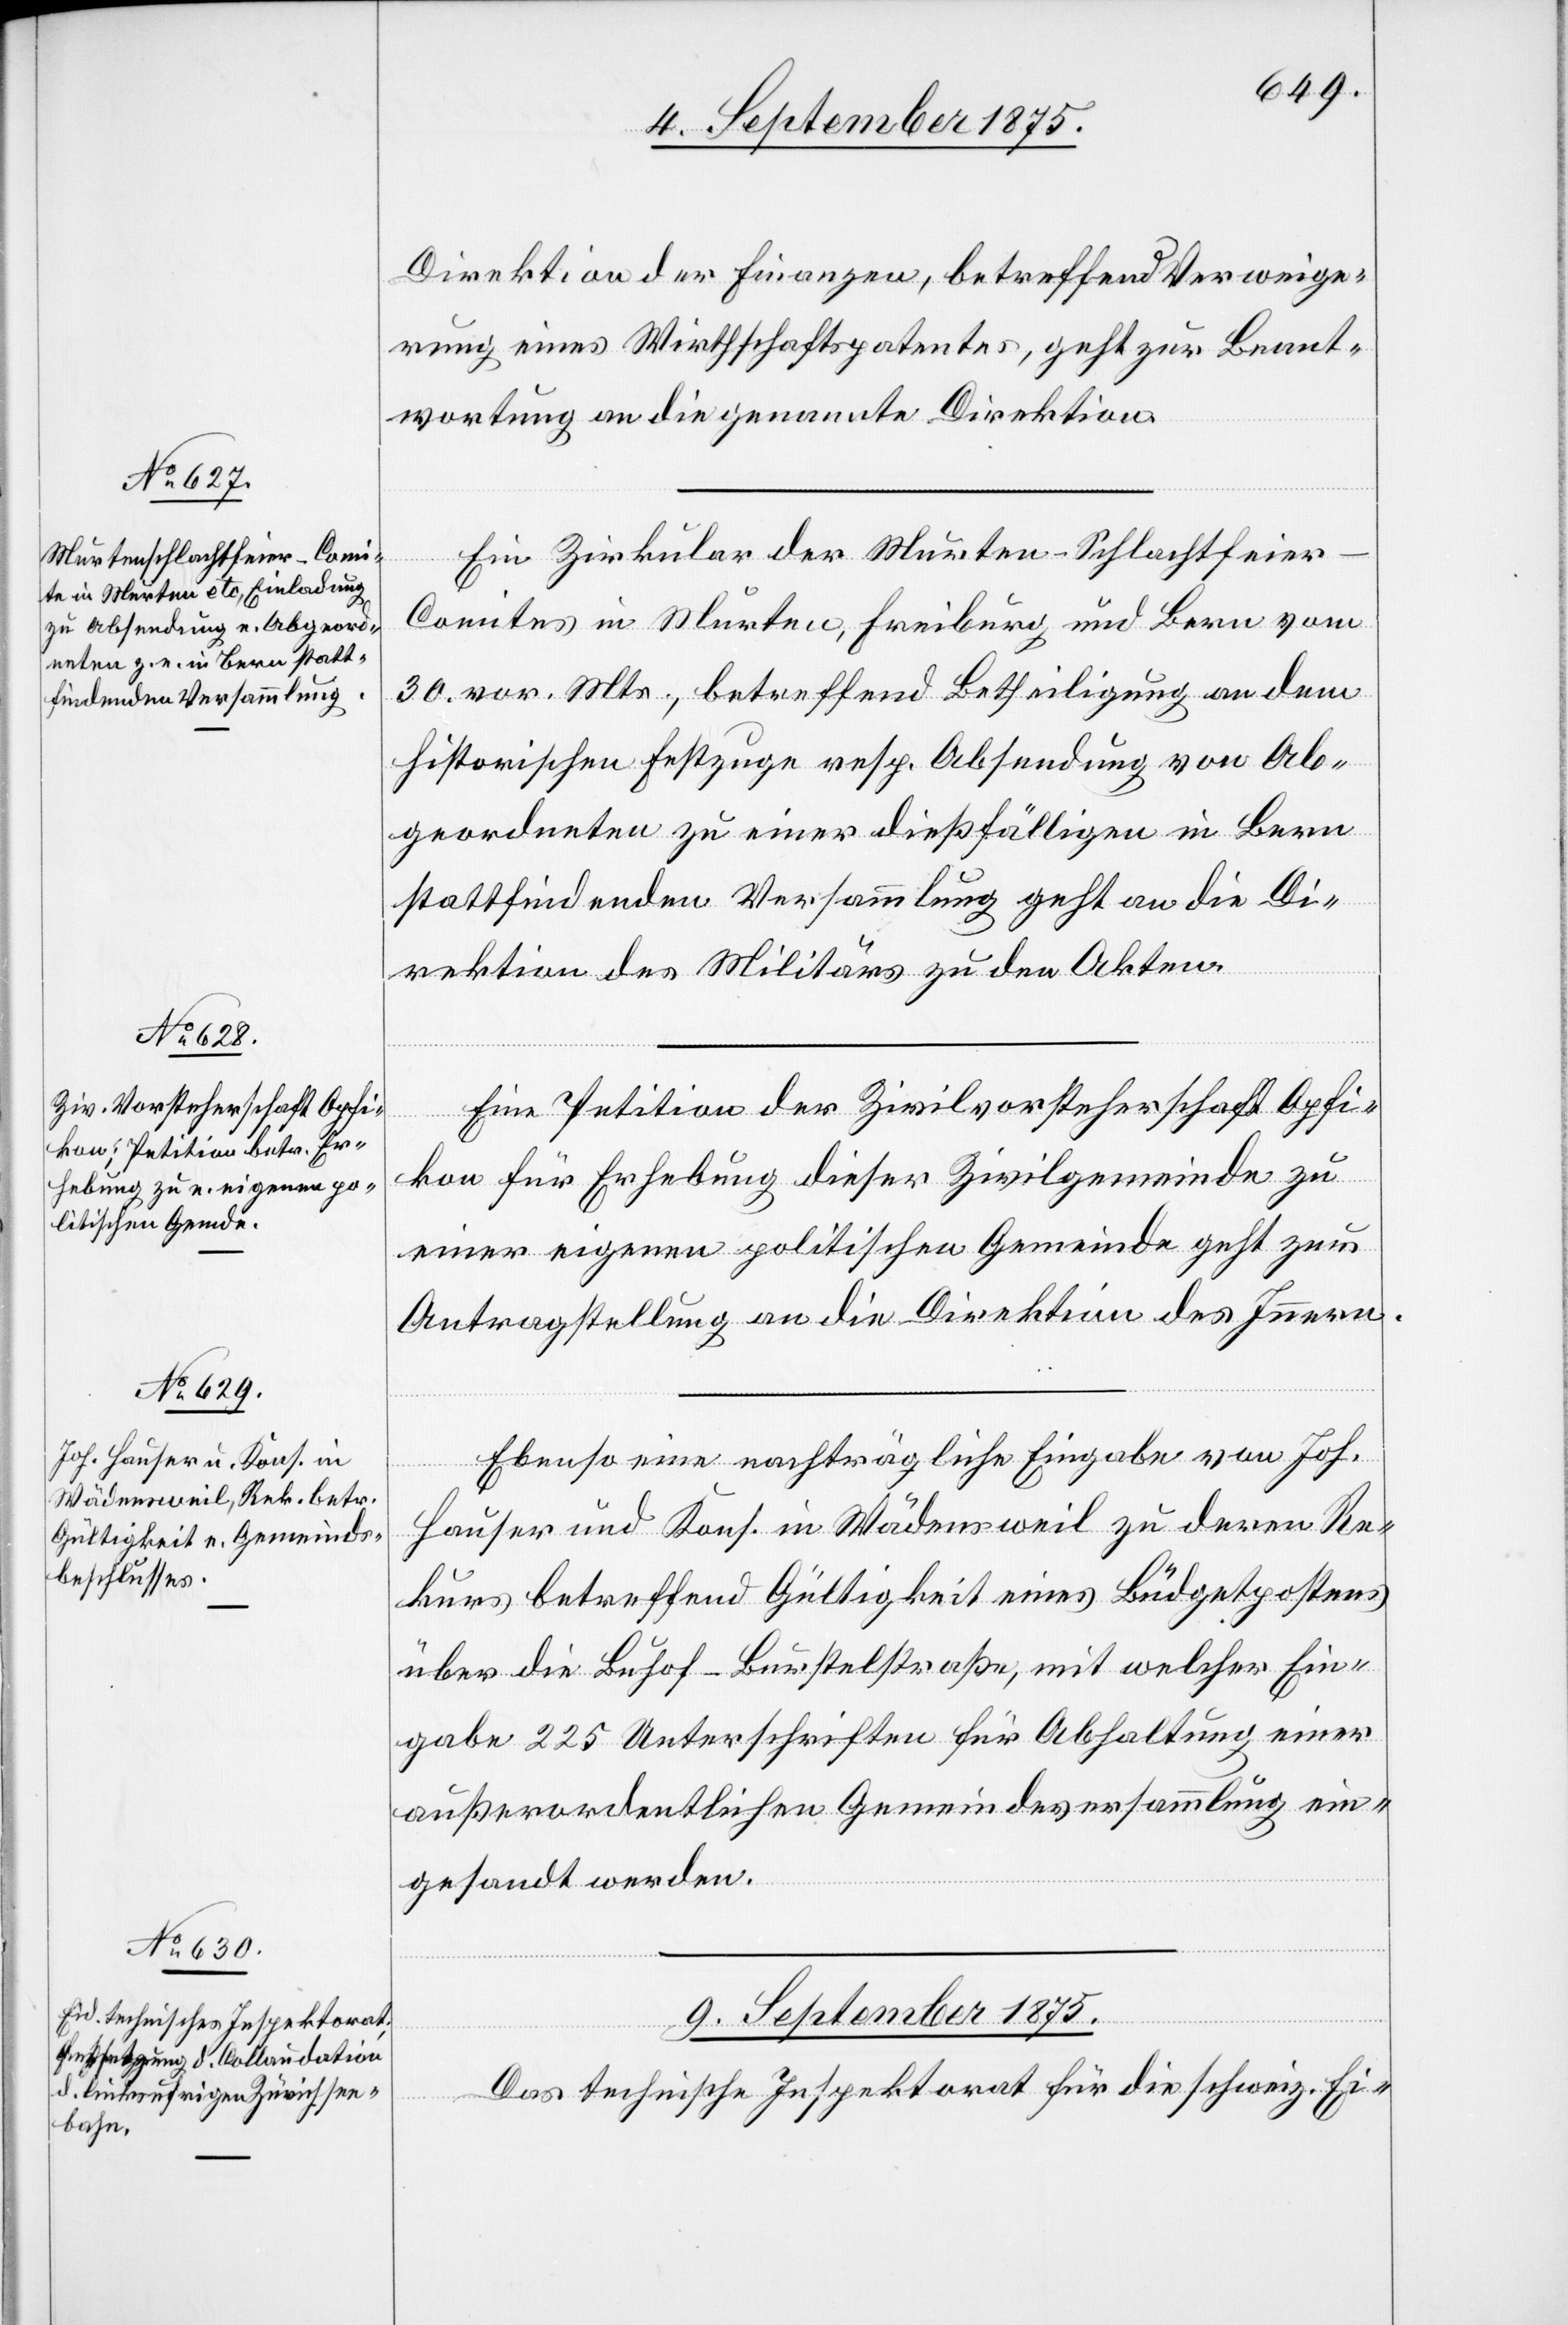
8. September 1875.]
Direktion der Finanzen, betreffend Verweige¬
rung eines Wirthschaftspatentes, geht zur Beant¬
wortung an die genannte Direktion.
Eine Zirkular der Murten-Schlachtfeie¬
r-Comites in Murten; Freiburg und Bern vom
30. vor. Mts., betreffend Betheiligung an dem
historischen Festzuge resp. Absendung von Ab¬
geordneten zu einer dießfälligen in Bern
stattfindenden Versammlung geht an die Di¬
rektion des Militärs zur den Akten.
Eine Petition der Zivilvorsteherschaft Opfi¬
kon für Erhebung dieser Zivilgemeinde zu
einer eigenen politischen Gemeinde geht zur
Antragstellung an die Direktion des Innern.
Ebenso eine nachträgliche Eingabe von Joh.
Hauser und Kons. in Wädensweil zu deren Re¬
kurs betreffend Gültigkeit eines Büdgetpostens
über die Buhof–Burstelstraße, mit welcher Ein¬
gabe 225 Unterschriften für Abhaltung einer
außerordentlichen Gemeindsversammlung ein¬
erfügungen.
gesandt werden.
9. September 1875.
Das technische Inspektorat für die schweiz. Ei-